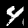
Digit: 4